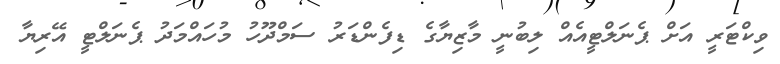
ވިކްޓަރީ އަށް ޕެނަލްޓީއެއް ލިބުނީ މާޒިޔާގެ ޑިފެންޑަރު ސަމްދޫހު މުހައްމަދު ޕެނަލްޓީ އޭރިޔާ